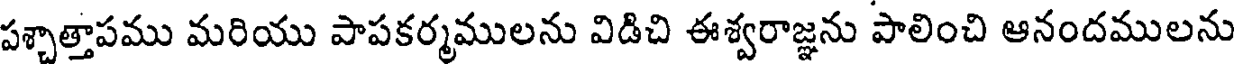
పశ్చాత్తాపము మరియు పాపకర్మములను విడిచి ఈశ్వరాజ్ఞను పాలించి ఆనందములను